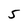
Character: 5